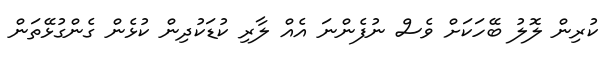
ކުރިން ލޮލު ބޭހަކަށް ވެސް ނުފެންނަ އެއް ލާރި ކުޑަކުދިން ކުޅެން ގެންގުޅޭތަން